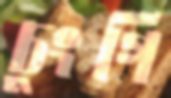
চুংগি